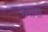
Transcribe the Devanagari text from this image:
रूपाणा